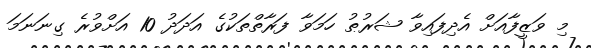
މި ވަޒީފާއަށް އެދިފައިވާ ޝަރުޠު ހަމަވާ ފަރާތްތަކުގެ އަދަދު 10 އަށްވުރެ ގިނަނަމަ